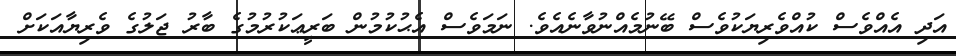
އަދި އެއްވެސް ކުއްވެރިޔަކުވެސް ބޭނުމެއްނުވާނެއެވެ. ނަމަވެސް އެޙުކުމުން ބަރީޢަކުރުމުގެ ބާރު ޖަލުގެ ވެރިޔާއަކަށް